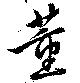
董